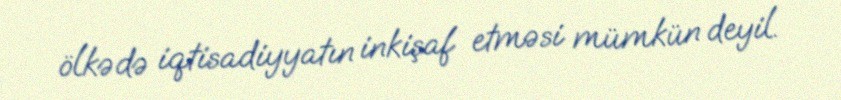
ölkədə iqtisadiyyatın inkişaf etməsi mümkün deyil.